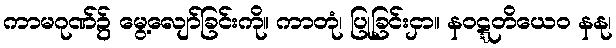
ကာမဂုဏ်၌ မွေ့လျော်ခြင်းကို။ ကာတုံ၊ ပြုခြင်းငှာ။ နဝဋ္ဋတိယေဝ နနု၊